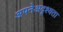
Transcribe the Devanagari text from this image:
अपनेअदृश्यता